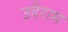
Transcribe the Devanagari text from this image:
उदैराम